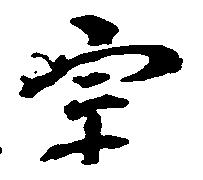
宗